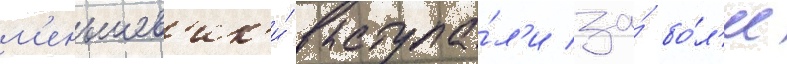
м'еньшев'ик'и́ выступа́л'и за́ бо́л'ее